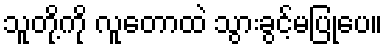
သူတို့ကို လူတောထဲ သွားခွင့်မပြုပေ။